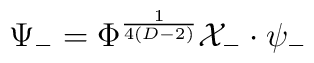
\Psi_-=\Phi^{\frac{1}{4(D-2)}} {\cal X}_-\cdot\psi_-